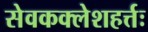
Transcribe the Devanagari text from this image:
सेवकक्लेशहर्त्तः